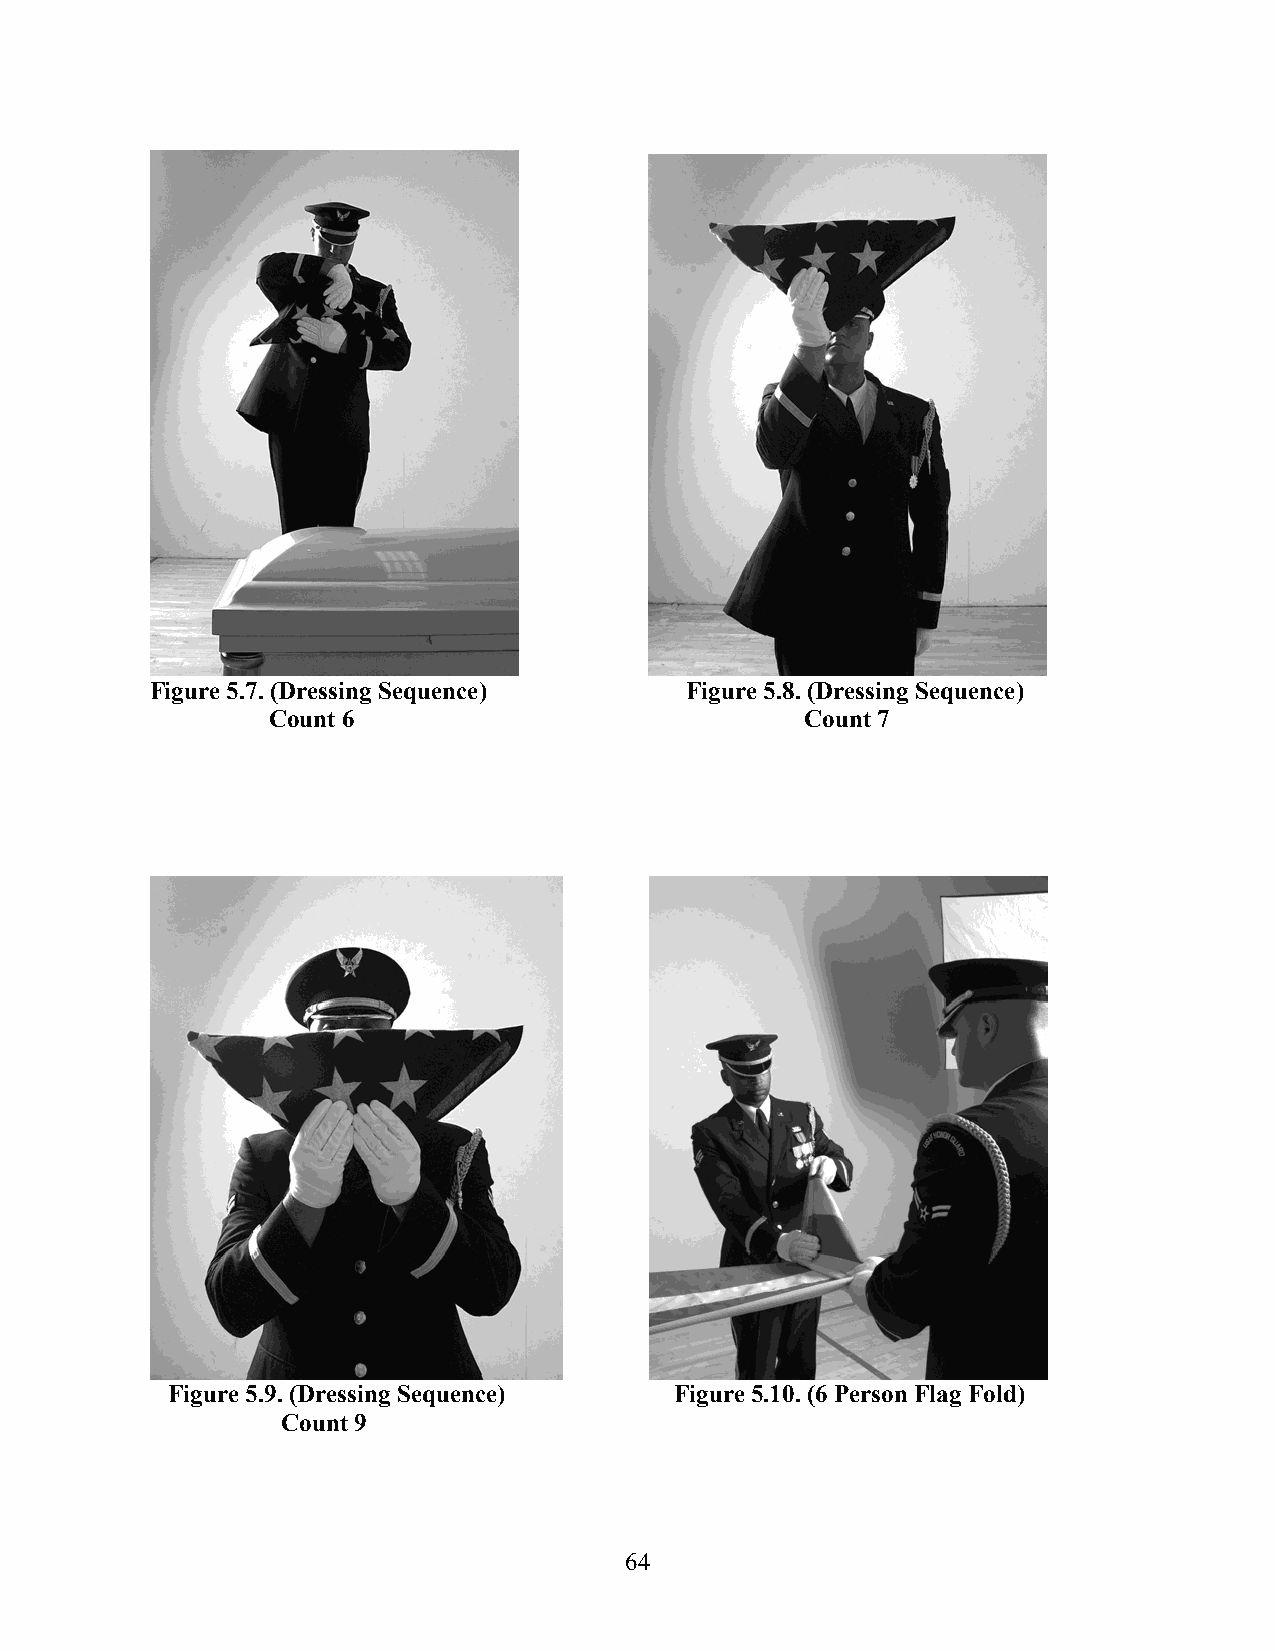
Figure 5.7. (Dressing Sequence)    Figure 5.8. (Dressing Sequence)
 Count 6                            Count 7
 Figure 5.9. (Dressing Sequence)   Figure 5.10. (6 Person Flag Fold)
 Count 9
 64